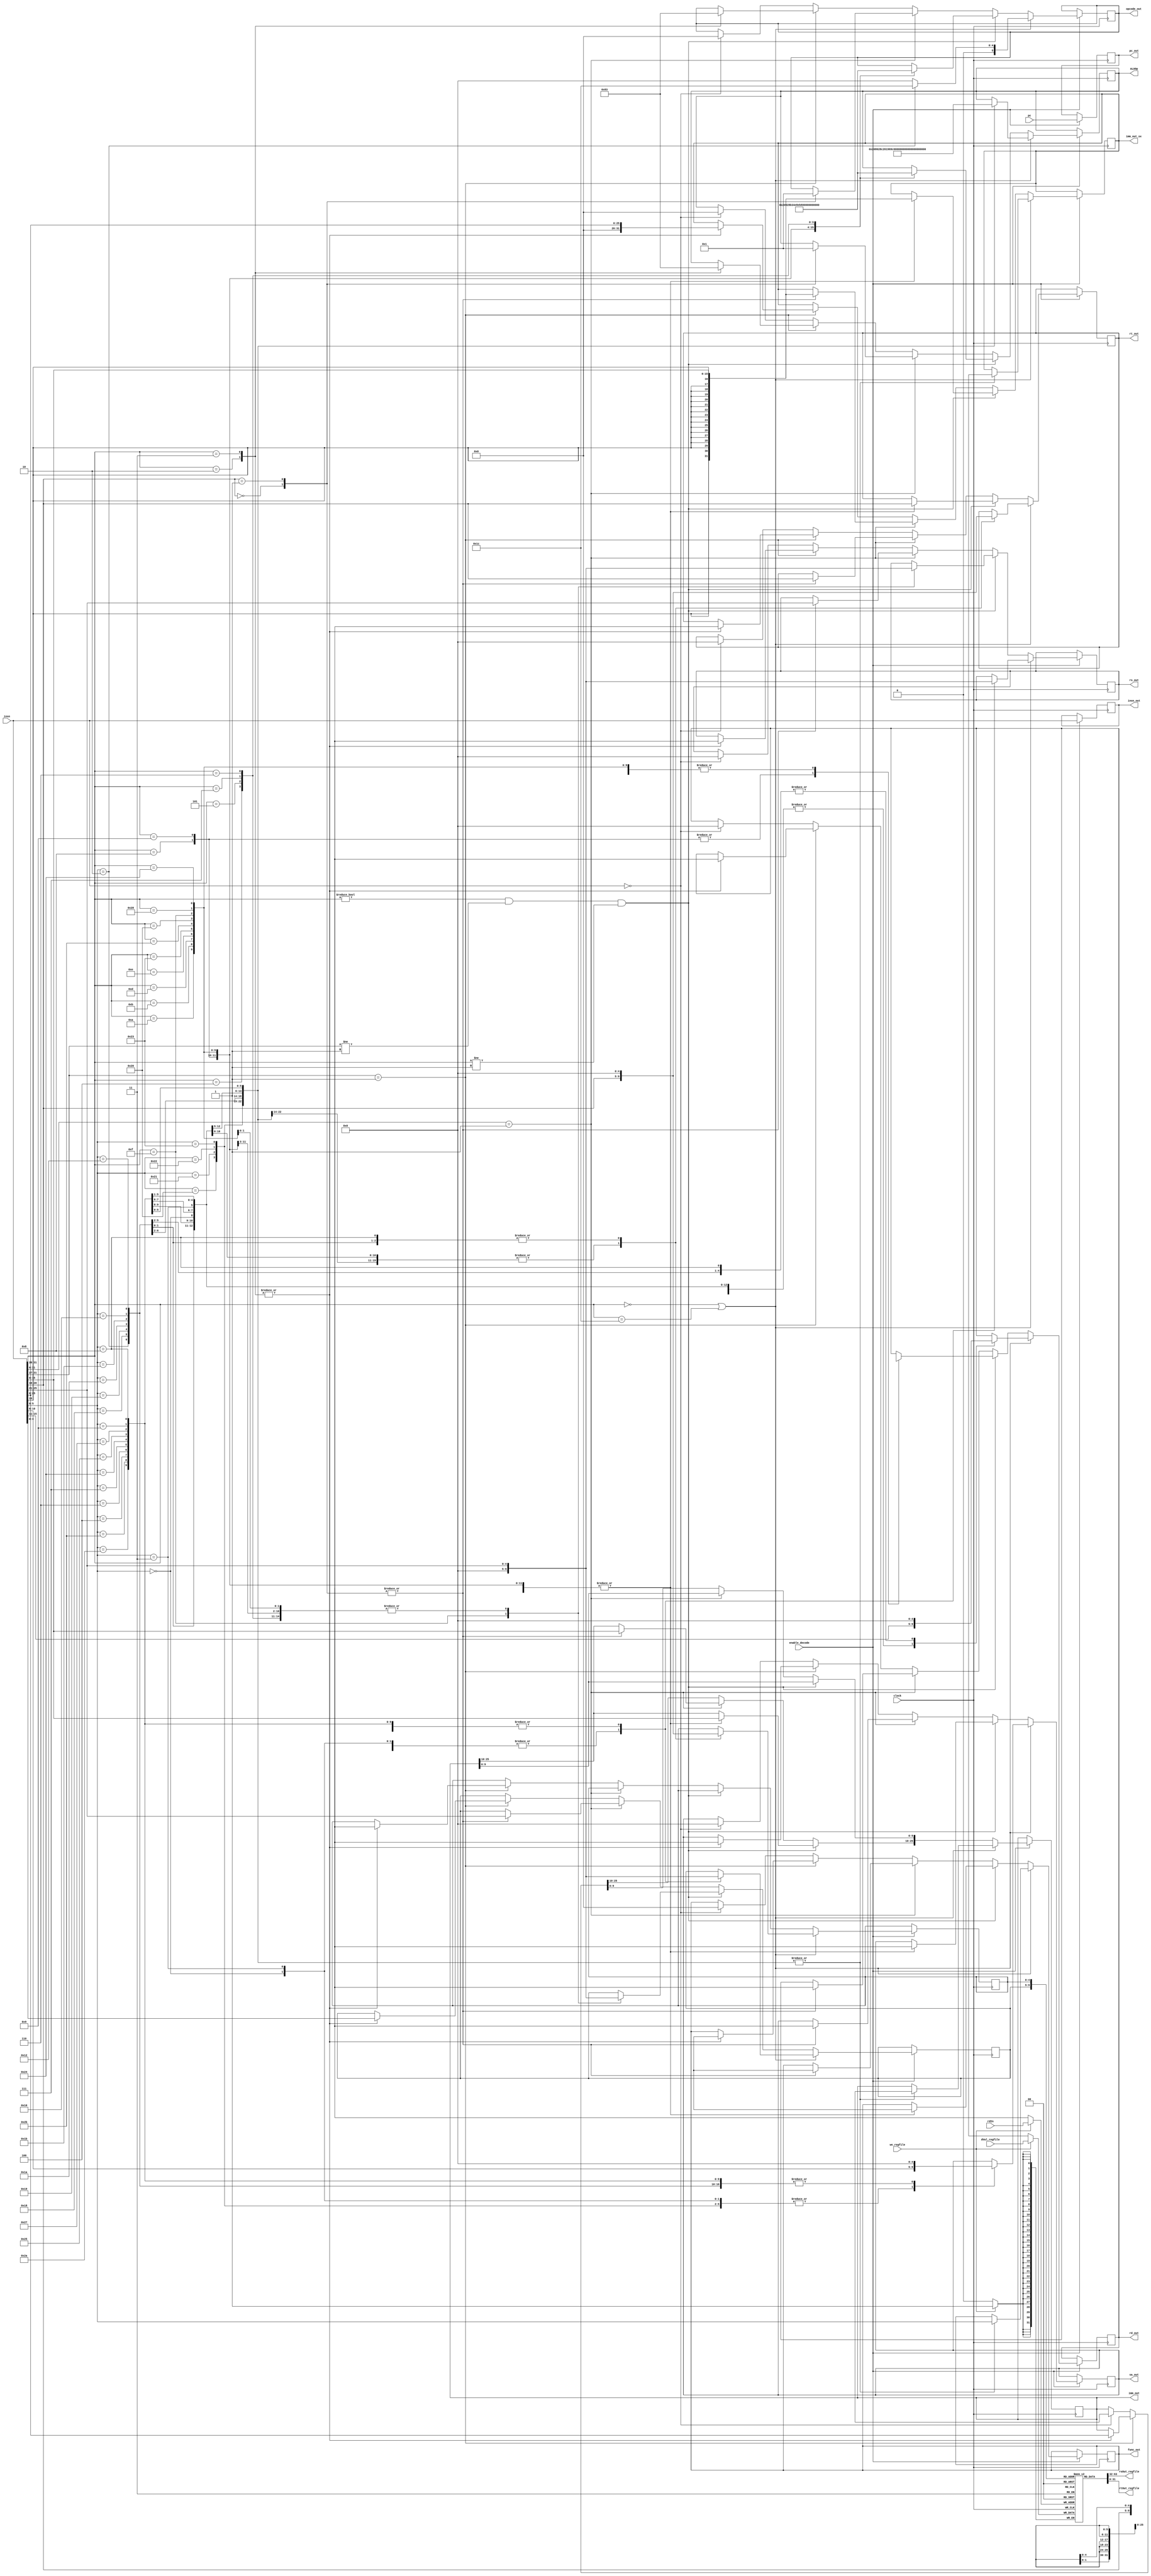
module decode(clock, insn, pc, opcode_out, rs_out, rt_out, rd_out,
	sa_out, func_out, imm_out, enable_decode, pc_out,
	insn_out, ALUOp, rsOut_regfile, rtOut_regfile, dVal_regfile, we_regfile, imm_out_sx, rdIn);

/****************OPCODES******************/
// R-Type FUNC Codes
parameter ADD 	= 6'b100000; //ADD;
parameter ADDU 	= 6'b100001; //ADDU;
parameter SUB	= 6'b100010; //SUB;
parameter SUBU	= 6'b100011; //SUBU;	
parameter MULT	= 6'b011000; //MULT;	
parameter MULTU = 6'b011001; //MULTU;		
parameter DIV	= 6'b011010; //DIV;		
parameter DIVU 	= 6'b011011; //DIVU;		
parameter MFHI	= 6'b010000; //MFHI;		
parameter MFLO 	= 6'b010010; //MFLO;		
parameter SLT	= 6'b101010; //SLT;
parameter SLTU	= 6'b101011; //SLTU;
parameter SLL	= 6'b000000; //SLL;
parameter SLLV	= 6'b000100; //SLLV;
parameter SRL	= 6'b000010; //SRL;
parameter SRLV	= 6'b000110; //SRLV;
parameter SRA	= 6'b000011; //SRA;
parameter SRAV	= 6'b000111; //SRAV;
parameter AND	= 6'b100100; //AND;
parameter OR	= 6'b100101; //OR;
parameter XOR	= 6'b100110; //XOR;
parameter NOR	= 6'b100111; //NOR
parameter JALR	= 6'b001001; //JALR;		
parameter JR	= 6'b001000; //JR;		

// MUL R-TYPE Opcode
parameter MUL_OP = 6'b011100; 	//MUL OPCODE
parameter MUL_FUNC = 6'b000010; //MUL FUNCTION CODE

// I-Type Opcodes
parameter ADDI  = 6'b001000; //ADDI (LI)
parameter ADDIU = 6'b001001; //ADDIU
parameter SLTI  = 6'b001010; //SLTI
parameter SLTIU = 6'b001011; //SLTIU
parameter ORI	= 6'b001101; //ORI
parameter XORI  = 6'b001110; //XORI
parameter LW	= 6'b100011; //LW
parameter SW	= 6'b101011; //SW
parameter LB	= 6'b100000; //LB
parameter LUI   = 6'b001111; //LUI
parameter SB	= 6'b101000; //SB
parameter LBU	= 6'b100100; //LBU
parameter BEQ	= 6'b000100; //BEQ
parameter BNE	= 6'b000101; //BNE
parameter BGTZ	= 6'b000111; //BGTZ
parameter BLEZ	= 6'b000110; //BLEZ

// REGIMM Opcodes
parameter BLTZ = 5'b00000; // BLTZ
parameter BGEZ = 5'b00001; // BGEZ 

// J-Type Opcodes
parameter J     = 6'b000010;
parameter JAL	= 6'b000011;

// Other 
parameter NOP   = 6'b000000;
parameter RTYPE = 6'b000000;
/******************************************/

// Control Registers
output reg [5:0] ALUOp;

// Input ports
input wire clock;
input wire [31:0] insn;
input wire [31:0] pc;
input wire enable_decode;
input wire [4:0] rdIn;

// Registers
reg [31:0] pc_reg;

// Output
output reg [5:0] opcode_out;
output reg [4:0] rs_out;
output reg [4:0] rt_out;
output reg [4:0] rd_out;
output reg [4:0] sa_out;
output reg [5:0] func_out;
output reg [25:0] imm_out;
output reg [31:0] pc_out;
output reg [31:0] insn_out;
output reg [31:0] imm_out_sx;

// Register File Logic
parameter NUM_REGS = 32;
parameter WIDTH = 32;
parameter REG_WIDTH = 5;

reg [REG_WIDTH - 1:0] rsIn_regfile, rtIn_regfile, rdIn_regfile;
input [WIDTH - 1:0] dVal_regfile;
input we_regfile;

output [WIDTH - 1:0] rsOut_regfile, rtOut_regfile;

reg [WIDTH - 1:0] REGFILE [NUM_REGS - 1:0];

integer i_regfile;	

// Combinationally write to rsOut and rtOut
assign rsOut_regfile = REGFILE[rsIn_regfile];
assign rtOut_regfile = REGFILE[rtIn_regfile];


// Used for initializing REGFILE with values
initial
begin
	for (i_regfile = 0; i_regfile < NUM_REGS; i_regfile = i_regfile + 1) begin
		REGFILE[i_regfile] = i_regfile;
	end
	REGFILE[29] = 32'h80120000;     // stack pointer
end

always @(posedge clock)
begin : DECODE
	if (enable_decode) begin
		pc_out <= pc;
		insn_out <= insn;
		if (insn[31:26] == RTYPE || insn[31:26] == MUL_OP) begin
			// Instruction is R-type
			// Further need to clasify function (add, sub, etc..)
			opcode_out = RTYPE;

			case (insn[5:0])
				ADD: begin				// Used for MOVE pseudoinsn
					rs_out = insn[25:21];
					rt_out = insn[20:16];
					rd_out = insn[15:11];
					sa_out = insn[10:6];	
					imm_out = 26'hx;
					func_out = insn[5:0];
					ALUOp = ADD;
					rsIn_regfile = rs_out;
					rtIn_regfile = rt_out;
					rdIn_regfile = rd_out;		
					imm_out_sx[31:0] = 32'hx;		
				end

				ADDU: begin
					rs_out = insn[25:21];
					rt_out = insn[20:16];
					rd_out = insn[15:11];
					sa_out = insn[10:6];
					imm_out = 26'hx;
					func_out = insn[5:0];	
					ALUOp = ADDU;
					rsIn_regfile = rs_out;
					rtIn_regfile = rt_out;
					rdIn_regfile = rd_out;	
					imm_out_sx[31:0] = 32'hx;	
				end

				SUB: begin
					rs_out = insn[25:21];
					rt_out = insn[20:16];
					rd_out = insn[15:11];
					sa_out = insn[10:6];
					imm_out = 26'hx;
					func_out = insn[5:0];
					ALUOp = SUB;
					rsIn_regfile = rs_out;
					rtIn_regfile = rt_out;
					rdIn_regfile = rd_out;	
					imm_out_sx[31:0] = 32'hx;	
				end

				SUBU: begin
					rs_out = insn[25:21];
					rt_out = insn[20:16];
					rd_out = insn[15:11];
					sa_out = insn[10:6];
					imm_out = 26'hx;
					func_out = insn[5:0];
					ALUOp = SUBU;
					rsIn_regfile = rs_out;
					rtIn_regfile = rt_out;
					rdIn_regfile = rd_out;	
					imm_out_sx[31:0] = 32'hx;	
				end

				MUL_FUNC: begin
					opcode_out = MUL_OP;
					rs_out = insn[25:21];
					rt_out = insn[20:16];
					rd_out = insn[15:11];
					sa_out = 5'b0;
					imm_out = 26'hx;
					func_out = insn[5:0];
					ALUOp = MUL_FUNC;
					rsIn_regfile = rs_out;
					rtIn_regfile = rt_out;
					rdIn_regfile = rd_out;	
					imm_out_sx[31:0] = 32'hx;	
				end	

				MULT: begin
					rs_out = insn[25:21];
					rt_out = insn[20:16];
					rd_out = 5'b0;
					sa_out = 5'b0;
					imm_out = 26'hx;
					func_out = insn[5:0];
					ALUOp = MULT;
					rsIn_regfile = rs_out;
					rtIn_regfile = rt_out;
					rdIn_regfile = rd_out;	
					imm_out_sx[31:0] = 32'hx;	
				end

				MULTU: begin
					rs_out = insn[25:21];
					rt_out = insn[20:16];
					rd_out = 5'b0;
					sa_out = 5'b0;
					imm_out = 26'hx;
					func_out = insn[5:0];
					ALUOp = MULTU;
					rsIn_regfile = rs_out;
					rtIn_regfile = rt_out;
					rdIn_regfile = rd_out;	
					imm_out_sx[31:0] = 32'hx;	
				end

				DIV: begin
					rs_out = insn[25:21];
					rt_out = insn[20:16];
					rd_out = 5'b0;
					sa_out = 5'b0;
					imm_out = 26'hx;
					func_out = insn[5:0];
					ALUOp = DIV;
					rsIn_regfile = rs_out;
					rtIn_regfile = rt_out;
					rdIn_regfile = rd_out;	
					imm_out_sx[31:0] = 32'hx;	
				end

				DIVU: begin
					rs_out = insn[25:21];
					rt_out = insn[20:16];
					rd_out = 5'b0;
					sa_out = 5'b0;
					imm_out = 26'hx;
					func_out = insn[5:0];
					ALUOp = DIVU;
					rsIn_regfile = rs_out;
					rtIn_regfile = rt_out;
					rdIn_regfile = rd_out;	
					imm_out_sx[31:0] = 32'hx;	
				end

				MFHI: begin
					rs_out = 5'b0;
					rt_out = 5'b0;
					rd_out = insn[15:11];
					sa_out = 5'b0;
					imm_out = 26'hx;
					func_out = insn[5:0];
					ALUOp = MFHI;
					rsIn_regfile = rs_out;
					rtIn_regfile = rt_out;
					rdIn_regfile = rd_out;	
					imm_out_sx[31:0] = 32'hx;	
				end

				MFLO: begin
					rs_out = 5'b0;
					rt_out = 5'b0;
					rd_out = insn[15:11];
					sa_out = 5'b0;
					imm_out = 26'hx;
					func_out = insn[5:0];
					ALUOp = MFLO;
					rsIn_regfile = rs_out;
					rtIn_regfile = rt_out;
					rdIn_regfile = rd_out;	
					imm_out_sx[31:0] = 32'hx;	
				end

				SLT: begin
					rs_out = insn[25:21];
					rt_out = insn[20:16];
					rd_out = insn[15:11];
					sa_out = 5'b0;
					imm_out = 26'hx;
					func_out = insn[5:0];
					ALUOp = SLT;
					rsIn_regfile = rs_out;
					rtIn_regfile = rt_out;
					rdIn_regfile = rd_out;	
					imm_out_sx[31:0] = 32'hx;	
				end

				SLTU: begin
					rs_out = insn[25:21];
					rt_out = insn[20:16];
					rd_out = insn[15:11];
					sa_out = 5'b0;
					imm_out = 26'hx;
					func_out = insn[5:0];
					ALUOp = SLTU;
					rsIn_regfile = rs_out;
					rtIn_regfile = rt_out;
					rdIn_regfile = rd_out;	
					imm_out_sx[31:0] = 32'hx;	
				end

				SLL: begin
					rs_out = 5'b0;
					rt_out = insn[20:16];
					rd_out = insn[15:11];
					sa_out = insn[15:6];
					imm_out = 26'hx;
					func_out = insn[5:0];
					ALUOp = SLL;
					rsIn_regfile = rs_out;
					rtIn_regfile = rt_out;
					rdIn_regfile = rd_out;	
					imm_out_sx[31:0] = 32'hx;	
				end

				SLLV: begin
					rs_out = insn[25:21];
					rt_out = insn[20:16];
					rd_out = insn[15:11];
					sa_out = 5'b0;
					imm_out = 26'hx;
					func_out = insn[5:0];
					ALUOp = SLLV;
					rsIn_regfile = rs_out;
					rtIn_regfile = rt_out;
					rdIn_regfile = rd_out;	
					imm_out_sx[31:0] = 32'hx;	
				end

				SRL: begin
					rs_out = 5'b0;
					rt_out = insn[20:16];
					rd_out = insn[15:11];
					sa_out = insn[10:6];
					imm_out = 26'hx;
					func_out = insn[5:0];
					ALUOp = SRL;
					rsIn_regfile = rs_out;
					rtIn_regfile = rt_out;
					rdIn_regfile = rd_out;	
					imm_out_sx[31:0] = 32'hx;	
				end

				SRLV: begin
					rs_out = insn[25:21];
					rt_out = insn[20:16];
					rd_out = insn[15:11];
					sa_out = 5'b0;
					imm_out = 26'hx;
					func_out = insn[5:0];
					ALUOp = SRLV;
					rsIn_regfile = rs_out;
					rtIn_regfile = rt_out;
					rdIn_regfile = rd_out;	
					imm_out_sx[31:0] = 32'hx;	
				end

				SRA: begin
					rs_out = 5'b0;
					rt_out = insn[20:16];
					rd_out = insn[15:11];
					sa_out = insn[10:6];
					imm_out = 26'hx;
					func_out = insn[5:0];
					ALUOp = SRA;
					rsIn_regfile = rs_out;
					rtIn_regfile = rt_out;
					rdIn_regfile = rd_out;	
					imm_out_sx[31:0] = 32'hx;	
				end

				SRAV: begin
					rs_out = insn[25:21];
					rt_out = insn[20:16];
					rd_out = insn[15:11];
					sa_out = 5'b0;
					imm_out = 26'hx;
					func_out = insn[5:0];
					ALUOp = SRAV;
					rsIn_regfile = rs_out;
					rtIn_regfile = rt_out;
					rdIn_regfile = rd_out;	
					imm_out_sx[31:0] = 32'hx;	
				end

				AND: begin
					rs_out = insn[25:21];
					rt_out = insn[20:16];
					rd_out = insn[15:11];
					sa_out = 5'b0;
					imm_out = 26'hx;
					func_out = insn[5:0];
					ALUOp = AND;
					rsIn_regfile = rs_out;
					rtIn_regfile = rt_out;
					rdIn_regfile = rd_out;	
					imm_out_sx[31:0] = 32'hx;	
				end

				OR: begin
					rs_out = insn[25:21];
					rt_out = insn[20:16];
					rd_out = insn[15:11];
					sa_out = 5'b0;
					imm_out = 26'hx;
					func_out = insn[5:0];
					ALUOp = OR;
					rsIn_regfile = rs_out;
					rtIn_regfile = rt_out;
					rdIn_regfile = rd_out;	
					imm_out_sx[31:0] = 32'hx;	
				end

				NOR: begin
					rs_out = insn[25:21];
					rt_out = insn[20:16];
					rd_out = insn[15:11];
					sa_out = 5'b0;
					imm_out = 26'hx;
					func_out = insn[5:0];
					ALUOp = NOR;
					rsIn_regfile = rs_out;
					rtIn_regfile = rt_out;
					rdIn_regfile = rd_out;	
					imm_out_sx[31:0] = 32'hx;	
				end

				JALR: begin
					rs_out = insn[25:21];
					rt_out = insn[20:16];
					rd_out = insn[15:11];
					sa_out = 5'b0;
					imm_out = 26'hx;
					func_out = insn[5:0];
					ALUOp = JALR;
					rsIn_regfile = rs_out;
					rtIn_regfile = rt_out;
					rdIn_regfile = rd_out;	
					imm_out_sx[31:0] = 32'hx;	
				end

				JR: begin
					rs_out = insn[25:21];
					rt_out = 5'b0;
					rd_out = 5'b0;
					sa_out = 5'b0;
					imm_out = 26'hx;
					func_out = insn[5:0];
					ALUOp = JR;
					rsIn_regfile = rs_out;
					rtIn_regfile = rt_out;
					rdIn_regfile = rd_out;	
					imm_out_sx[31:0] = 32'hx;	
				end
			endcase
		end else if (insn[31:26] != 6'b000000 && insn[31:27] != 5'b00001 && insn[31:26] != 6'b000001) begin
			// Instruction is I-Type
			// Further need to classify function (addiu, diviu, etc...)
			case (insn[31:26])
				ADDI: begin
					opcode_out = ADDI;		
					rs_out = insn[25:21];
					rt_out = insn[20:16];
					rd_out = rt_out;
					sa_out = 5'hx;
					imm_out[25:10] = insn[15:0];
					func_out = 6'hx;
					ALUOp = ADDI;
					rsIn_regfile = rs_out;
					rdIn_regfile = rt_out;
					imm_out_sx[31:0] = { { 16{ insn[15] } }, insn[15:0] };
				end

				ADDIU: begin
					opcode_out = ADDIU;
					rs_out = insn[25:21];
					rt_out = insn[20:16];
					rd_out = rt_out;
					sa_out = 5'hx;
					imm_out[25:10] = insn[15:0]; // Most significant 16-bits are immediate target
					func_out = 6'hx;
					ALUOp = ADDIU;
					rsIn_regfile = rs_out;
					rdIn_regfile = rt_out;
					imm_out_sx[31:0] = { { 16{ insn[15] } }, insn[15:0] };
				end

				SLTI: begin
					opcode_out = SLTI;
					rs_out = insn[25:21];
					rt_out = insn[20:16];
					rd_out = 5'hx;
					sa_out = 5'hx;
					imm_out[25:10] = insn[15:0]; // Most significant 16-bits are immediate target
					func_out = 6'hx;
					ALUOp = SLTI;
					rsIn_regfile = rs_out;
					rdIn_regfile = rt_out;
					imm_out_sx[31:0] <= { { 16{ insn[15] } }, insn[15:0] };
				end


				SLTIU: begin
					opcode_out = SLTIU;
					rs_out = insn[25:21];
					rt_out = insn[20:16];
					rd_out = 5'hx;
					sa_out = 5'hx;
					imm_out[25:10] = insn[15:0]; // Most significant 16-bits are immediate target
					func_out = 6'hx;
					ALUOp = SLTIU;
					rsIn_regfile = rs_out;
					rdIn_regfile = rt_out;
					imm_out_sx[31:0] <= { { 16{ insn[15] } }, insn[15:0] };
				end

				ORI: begin
					opcode_out = ORI;
					rs_out = insn[25:21];
					rt_out = insn[20:16];
					rd_out = 5'hx;
					sa_out = 5'hx;
					imm_out[25:10] = insn[15:0]; // Most significant 16-bits are immediate target
					func_out = 6'hx;
					ALUOp = ORI;
					rsIn_regfile = rs_out;
					rdIn_regfile = rt_out;
					imm_out_sx[31:0] <= { { 16{ insn[15] } }, insn[15:0] };
				end

				XORI: begin
					opcode_out = XORI;
					rs_out = insn[25:21];		
					rt_out = insn[20:16];	
					rd_out = 5'hx;	
					sa_out = 5'hx;
					imm_out[25:10] = insn[15:0];   // Most significant 16-bits are immediate target
					func_out = 6'hx;
					ALUOp = XORI;
					rsIn_regfile = rs_out;
					rdIn_regfile = rt_out;
					imm_out_sx[31:0] <= { { 16{ insn[15] } }, insn[15:0] };
				end

				LW: begin
					opcode_out = LW;
					rs_out = insn[25:21];		// BASE
					rt_out = insn[20:16];		// RT
					rd_out = 5'hx;
					sa_out = 5'hx;
					imm_out[25:10] = insn[15:0];    // OFFSET
					func_out = 6'hx;
					ALUOp = LW;
					rsIn_regfile = rs_out;
					rdIn_regfile = rt_out;
					imm_out_sx[31:0] <= { { 16{ insn[15] } }, insn[15:0] };
				end

				SW: begin
					opcode_out = SW;
					rs_out = insn[25:21];		// BASE
					rt_out = insn[20:16];		// RT
					rd_out = 5'hx;
					sa_out = 5'hx;
					imm_out[25:10] = insn[15:0];    // OFFSET
					func_out = 6'hx;
					ALUOp = SW;
					rsIn_regfile = rs_out;
					rdIn_regfile = rt_out;
					imm_out_sx[31:0] <= { { 16{ insn[15] } }, insn[15:0] };
				end

				LB: begin
					opcode_out = LB;
					rs_out = insn[25:21];		
					rt_out = insn[20:16];	
					rd_out = 5'hx;
					sa_out = 5'hx;	
					imm_out[25:10] = insn[15:0]; 
					func_out = 6'hx;
					ALUOp = LB;
					rsIn_regfile = rs_out;
					rdIn_regfile = rt_out;
					imm_out_sx[31:0] <= { { 16{ insn[15] } }, insn[15:0] };
				end

				LUI: begin
					opcode_out = LUI;
					rs_out = 5'b00000;		
					rt_out = insn[20:16];	
					rd_out = 5'hx;
					sa_out = 5'hx;	
					imm_out[25:10] = insn[15:0]; 
					func_out = 6'hx;
					ALUOp = LUI;
					rsIn_regfile = rs_out;
					rdIn_regfile = rt_out;
					imm_out_sx[31:0] <= { { 16{ insn[15] } }, insn[15:0] };
				end

				SB: begin
					opcode_out = SB;
					rs_out = insn[25:21];		
					rt_out = insn[20:16];	
					rd_out = 5'hx;
					sa_out = 5'hx;	
					imm_out[25:10] = insn[15:0]; 
					func_out = 6'hx;
					ALUOp = SB;
					rsIn_regfile = rs_out;
					rdIn_regfile = rt_out;
					imm_out_sx[31:0] <= { { 16{ insn[15] } }, insn[15:0] };
				end

				LBU: begin
					opcode_out = LBU;
					rs_out = insn[25:21];		
					rt_out = insn[20:16];	
					rd_out = 5'hx;
					sa_out = 5'hx;	
					imm_out[25:10] = insn[15:0]; 
					func_out = 6'hx;
					ALUOp = LBU;
					rsIn_regfile = rs_out;
					rdIn_regfile = rt_out;
					imm_out_sx[31:0] <= { { 16{ insn[15] } }, insn[15:0] };
				end

				BEQ: begin
					opcode_out = BEQ;
					rs_out = insn[25:21];		
					rt_out = insn[20:16];	
					rd_out = 5'hx;
					sa_out = 5'hx;	
					imm_out[25:10] = insn[15:0]; 
					func_out = 6'hx;  
					ALUOp = BEQ;
					rsIn_regfile = rs_out;
					rdIn_regfile = rt_out;
					imm_out_sx[31:0] <= { { 16{ insn[15] } }, insn[15:0] };
				end

				BNE: begin
					opcode_out = BNE;
					rs_out = insn[25:21];		
					rt_out = insn[20:16];	
					rd_out = 5'hx;
					sa_out = 5'hx;	
					imm_out[25:10] = insn[15:0]; 
					func_out = 6'hx; 
					ALUOp = BNE;
					rsIn_regfile = rs_out;
					rdIn_regfile = rt_out;
					imm_out_sx[31:0] <= { { 16{ insn[15] } }, insn[15:0] };
				end

				BGTZ: begin
					opcode_out = BGTZ;
					rs_out = insn[25:21];		
					rt_out = insn[20:16];	
					rd_out = 5'hx;
					sa_out = 5'hx;	
					imm_out[25:10] = insn[15:0]; 
					func_out = 6'hx;
					ALUOp = BGTZ;
					rsIn_regfile = rs_out;
					rdIn_regfile = rt_out;
					imm_out_sx[31:0] <= { { 16{ insn[15] } }, insn[15:0] };
				end

				BLEZ: begin
					opcode_out = BLEZ;
					rs_out = insn[25:21];
					rt_out = insn[20:16];
					rd_out = 5'hx;
					sa_out = 5'hx;
					imm_out[25:10] = insn[15:0];
					func_out = 6'hx;
					ALUOp = BLEZ;
					rsIn_regfile = rs_out;
					rdIn_regfile = rt_out;
					imm_out_sx[31:0] <= { { 16{ insn[15] } }, insn[15:0] };
				end
	
			endcase
		end else if (insn[31:6] == 6'b000001) begin
			// REGIMM
			case (insn[20:16])
				BLTZ: begin
					opcode_out = BLTZ;
					rs_out = insn[25:21];
					rt_out = insn[20:16];
					rd_out = 5'hx;
					sa_out = 5'hx;
					imm_out[25:10] = insn[15:0];
					func_out = 6'hx;
					ALUOp = BLTZ;
					rsIn_regfile = rs_out;
					rdIn_regfile = rt_out;
					imm_out_sx[31:0] <= { { 16{ insn[15] } }, insn[15:0] };
				end

				BGEZ: begin
					opcode_out = BGEZ;
					rs_out = insn[25:21];
					rt_out = insn[20:16];
					rd_out = 5'hx;
					sa_out = 5'hx;
					imm_out[25:10] = insn[15:0];
					func_out = 6'hx;
					ALUOp = BGEZ;
					rsIn_regfile = rs_out;
					rdIn_regfile = rt_out;
					imm_out_sx[31:0] <= { { 16{ insn[15] } }, insn[15:0] };
				end
			endcase
		end else if (insn[31:27] == 5'b00001) begin
			// Instruction is J-Type
			case (insn[31:26])
				J: begin
					opcode_out = J;
					rs_out = 5'hx;
					rt_out = 5'hx;
					rd_out = 5'hx;
					sa_out = 5'hx;
					imm_out[25:0] = insn[25:0];
					func_out = 6'hx;
					ALUOp = J;
					rsIn_regfile = imm_out;
					rtIn_regfile = rt_out;
					rdIn_regfile = rd_out;
					imm_out_sx[31:0] <= { {6{1'b0}}, insn[25:0] };		
				end

				JAL: begin
					opcode_out = JAL;
					rs_out = 5'hx;
					rt_out = 5'hx;
					rd_out = 5'hx;
					sa_out = 5'hx;
					imm_out[25:0] = insn[25:0];
					func_out = 6'hx;
					ALUOp = JAL;
					rsIn_regfile = imm_out;
					rtIn_regfile = rt_out;
					rdIn_regfile = rd_out;
					imm_out_sx[31:0] <= { {6{1'b0}}, insn[25:0] };	
				end
			endcase
		end else if (insn[31:0] == 32'h00000000) begin
				opcode_out = NOP;
				rs_out = 5'b00000;
				rt_out = 5'b00000;
				rd_out = 5'b00000;
				sa_out = 5'b00000;
				imm_out = 26'hx;
				func_out = 6'b000000;
				ALUOp = NOP;
		end
	end
end

// Clocked write of writeback data
always @(posedge clock)
begin: REG_WRITE
	if (we_regfile == 1) begin
		REGFILE [rdIn] = dVal_regfile;
	end
end 

endmodule